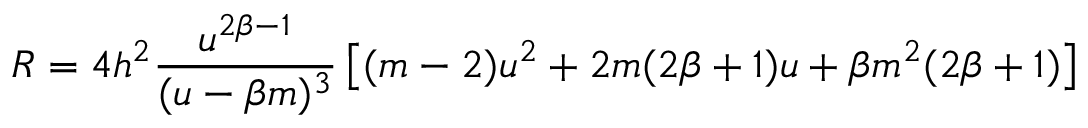
R = 4 h ^ { 2 } \frac { u ^ { 2 \beta - 1 } } { ( u - \beta m ) ^ { 3 } } \left[ ( m - 2 ) u ^ { 2 } + 2 m ( 2 \beta + 1 ) u + \beta m ^ { 2 } ( 2 \beta + 1 ) \right]